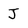
Character: J